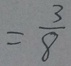
= \frac { 3 } { 8 }